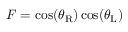
F = \cos ( \theta _ { \mathrm { R } } ) \cos ( \theta _ { \mathrm { L } } )